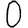
Digit: 0